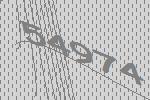
54974